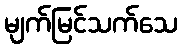
မျက်မြင်သက်သေ